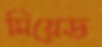
মিয়েড